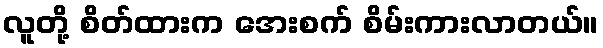
လူတို့ စိတ်ထားက အေးစက် စိမ်းကားလာတယ်။